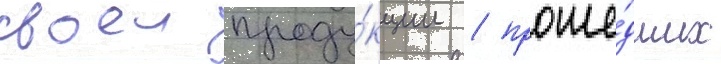
своеи проду́кции / проше́дших